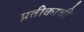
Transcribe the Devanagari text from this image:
प्रतीकाची